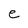
Character: e